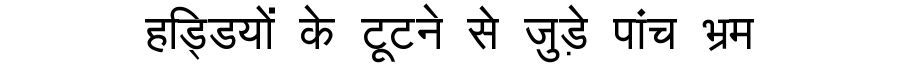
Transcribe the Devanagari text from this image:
हड्डियों के टूटने से जुड़े पांच भ्रम